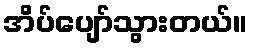
အိပ်ပျော်သွားတယ်။